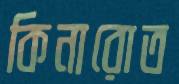
কিনারোত